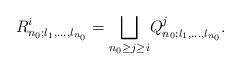
LaTeX: \begin{align*} R^i_{n_0;l_1,\ldots,l_{n_0}}=\underset{n_0\geq j\geq i} {\bigsqcup} Q^j_{n_0;l_1,\ldots,l_{n_0}}. \end{align*}